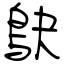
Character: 鴃